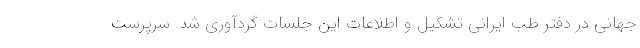
جهانی در دفتر طب ایرانی تشکیل و اطلاعات این جلسات گردآوری شد. سرپرست